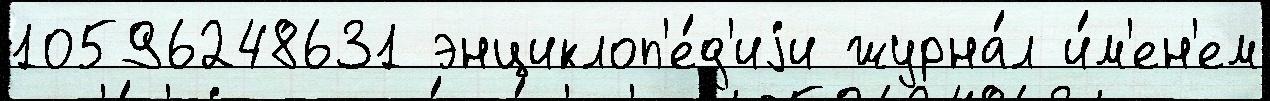
10596248631 энциклоп'е́д'иjи журна́л и́м'ен'ем